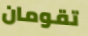
تقومان